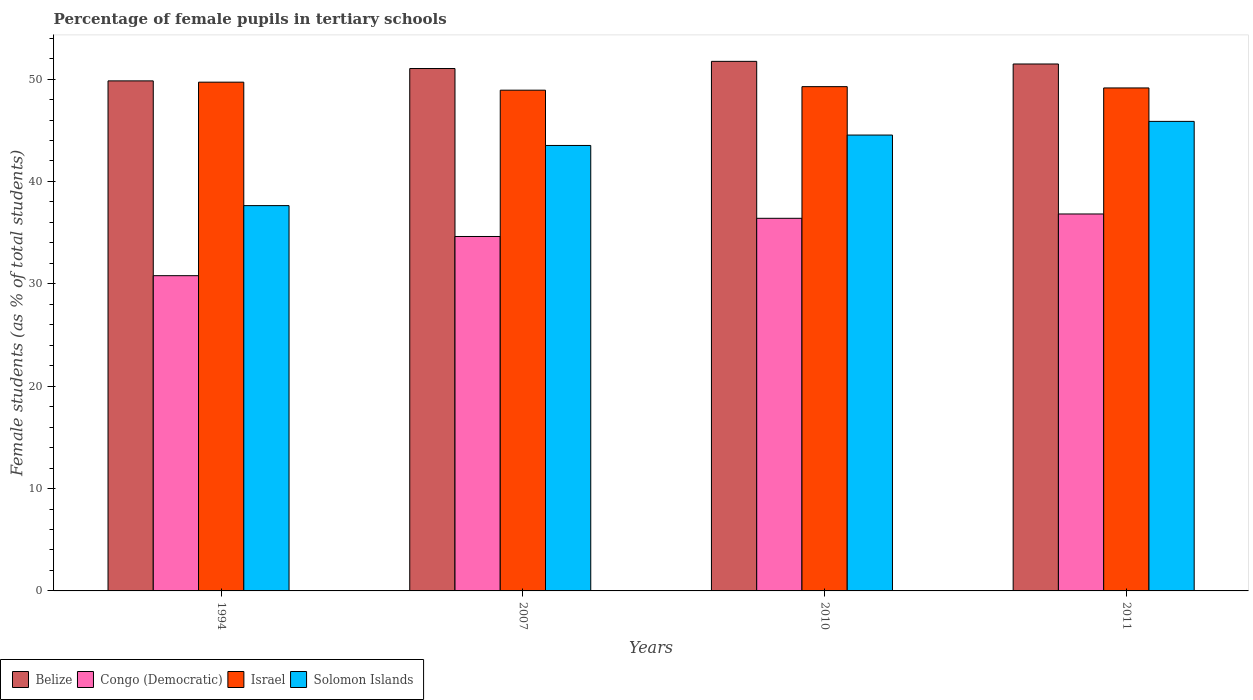
| Years | Belize | Congo (Democratic) | Israel | Solomon Islands |
 | --- | --- | --- | --- | --- |
 | 1994 | 49.8 | 30.8 | 49.7 | 37.6 |
 | 2007 | 51 | 34.6 | 48.9 | 43.5 |
 | 2010 | 51.7 | 36.4 | 49.3 | 44.5 |
 | 2011 | 51.5 | 36.8 | 49.1 | 45.9 |